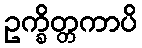
ဥက္ခိတ္တကာပိ